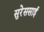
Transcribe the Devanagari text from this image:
सुरेससाई